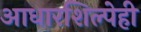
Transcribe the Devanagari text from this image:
आधारशिल्पेही